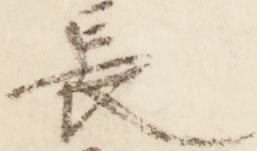
長